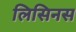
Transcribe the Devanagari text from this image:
लिसिनस